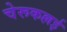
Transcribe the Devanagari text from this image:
चेरूकल्लई